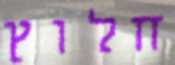
חלוץ